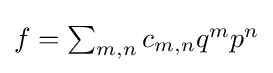
{\textstyle f=\sum _{m,n}c_{m,n}q^{m}p^{n}}